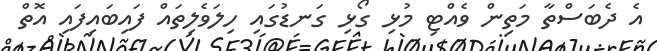
އެ ދެބަސްތާ މަތިން ވެއްޓި މުޅި ގޯޅި ގަނޑުގައި ހިލަވެލިތައް ފައިބައިފައި އޮތް